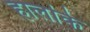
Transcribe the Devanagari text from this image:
हालांके